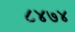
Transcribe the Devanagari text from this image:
८४७४